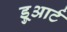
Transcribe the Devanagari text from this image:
डु्आर्ट